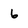
Character: 6